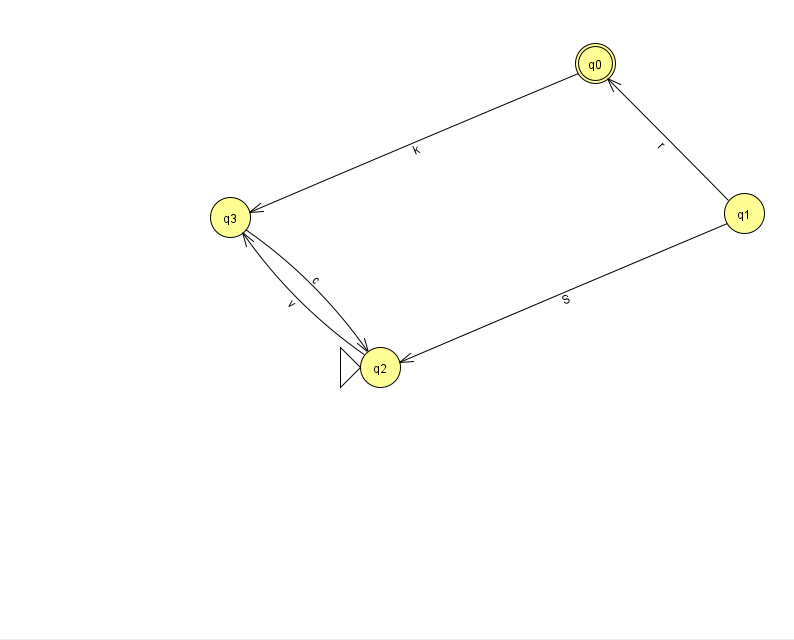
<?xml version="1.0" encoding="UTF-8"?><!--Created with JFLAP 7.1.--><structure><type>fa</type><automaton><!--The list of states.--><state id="0" name="q0"><x>595.0</x><y>50.0</y><final/></state><state id="1" name="q1"><x>744.0</x><y>200.0</y></state><state id="2" name="q2"><x>380.0</x><y>354.0</y><initial/></state><state id="3" name="q3"><x>230.0</x><y>204.0</y></state><!--The list of transitions.--><transition><from>3</from><to>2</to><read>c</read></transition><transition><from>0</from><to>3</to><read>k</read></transition><transition><from>1</from><to>0</to><read>r</read></transition><transition><from>2</from><to>3</to><read>v</read></transition><transition><from>1</from><to>2</to><read>S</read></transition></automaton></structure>